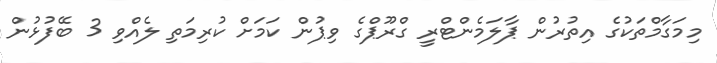
މިމަގާމްތަކުގެ އިތުރުން ޕާލަމެންޓްރީ ގްރޫޕްގެ ވިޕުން ކަމަށް ކުރިމަތި ލެއްވި 3 ބޭފުޅުން